Annual administration and progress report of the Indian Medical Department, Bombay
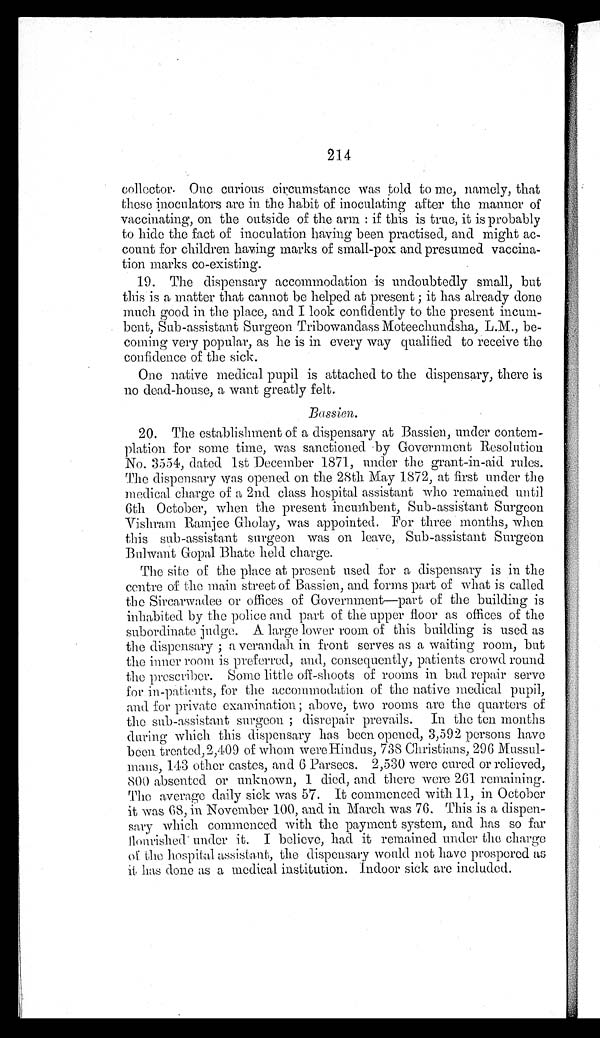
214
collector. One curious circumstance was told to me, namely, that
these inoculators are in the habit of inoculating after the manner of
vaccinating, on the outside of the arm: if this is true, it is probably
to hide the fact of inoculation having been practised, and might ac-
count for children having marks of small-pox and presumed vaccina-
t i o n m a r k s c o - e x i s t i n g .
19. The dispensary accommodation is undoubtedly small, but
this is a matter that cannot be helped at present; it has already done
much good in the place, and I look confidently to the present incum
-bent, Sub-assistant Surgeon Tribowandass Moteechundsha, L.M., be-
coming very popular, as he is in every way qualified to receive the
confidence of the sick.
One native medical pupil is attached to the dispensary, there is
no dead-house, a want greatly felt.
Bassien.
20. The establishment of a dispensary at Bassien, under contem
-plation for some time, was sanctioned by Government Resolution
No. 3554, dated 1st December 1871, under the grant-in-aid rules.
The dispensary was opened on the 28th May 1872, at first under the
medical charge of a 2nd class hospital assistant who remained until
6th October, when the present incumbent, Sub-assistant Surgeon
Vishram Ramjee Gholay, was appointed. For three months, when
this sub-assistant surgeon was on leave, Sub-assistant Surgeon
Bulwant Gopal Bhate held charge.
The site of the place at present used for a dispensary is in the
centre of the main street of Bassien, and forms part of what is called
the Sircarwadee or offices of Government—part of the building is
inhabited by the police and part of the upper floor as offices of the
subordinate judge. A large lower room of this building is used as
the dispensary; a verandah in front serves as a waiting room, but
the inner room is preferred, and, consequently, patients crowd round
the prescriber. Some little off-shoots of rooms in bad repair serve
for in-patients, for the accommodation of the native medical pupil,
and for private examination; above, two rooms are the quarters of
the sub-assistant surgeon;
disrepair prevails. In the ten months
during which this dispensary has been opened, 3,592 persons have
been treated, 2,409 of whom were Hindus, 738 Christians, 296 Mussul-
mans, 143 other castes, and 6 Parsees. 2,530 were cured or relieved,
800 absented or unknown, 1 died, and there were 261 remaining.
The average
daily sick was 57. It commenced with 11, in October
it was 68, in November 100, and in March was 76. This is a dispen
-sary which commenced with the payment system, and has so far
flourished under it. I believe, had it remained under the charge
of the hospital assistant, the dispensary would not have prospered as
it has done as a medical institution. Indoor sick are included.